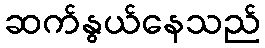
ဆက်နွယ်နေသည်